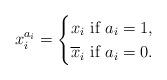
LaTeX: \begin{align*}x_i^{a_i}=\begin{cases}x_i \mbox{ if } a_i=1,\\\overline{x}_i \mbox{ if } a_i=0.\end{cases}\end{align*}